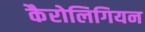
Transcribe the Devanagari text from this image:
कैरोलिगियन